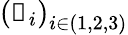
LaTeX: \left(\boldsymbol{\mathscr{x}}_{i}\right)_{i\in(1,2,3)}